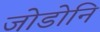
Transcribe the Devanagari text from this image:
जोडोनि